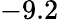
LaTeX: -9.2